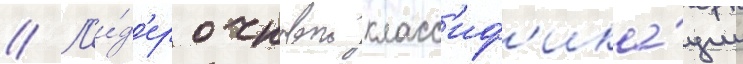
// Л'и́д'ер очковои класс'иф'ика́ции